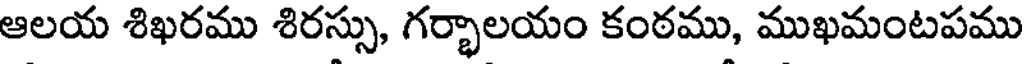
ఆలయ శిఖరము శిరస్సు, గర్భాలయం కంఠము, ముఖమంటపము